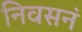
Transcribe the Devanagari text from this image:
निवसनं